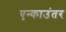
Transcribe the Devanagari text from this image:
एन्काउंतर